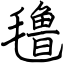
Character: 氇